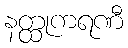
နတ္ထုကရဏီ